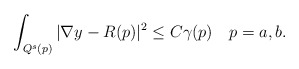
\begin{align*}\int_{Q^s(p)} |\nabla y - R(p)|^2 \le C \gamma(p) \ \ \ p = a,b.\end{align*}